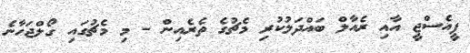
ޕީއެސްޖީ އާއި ރެއާލް ބައްދަލުކުރި މެޗުގެ ތެރެއިން - މި މެޗުގައި ގޯލްޖަހާނެ